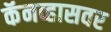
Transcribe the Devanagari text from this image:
कॅनव्हासवर